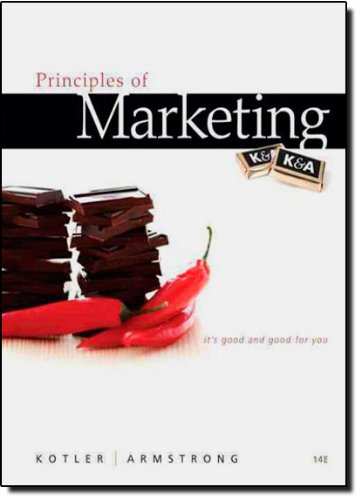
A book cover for Principles of Marketing (14th Edition); Philip Kotler; Business & Money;